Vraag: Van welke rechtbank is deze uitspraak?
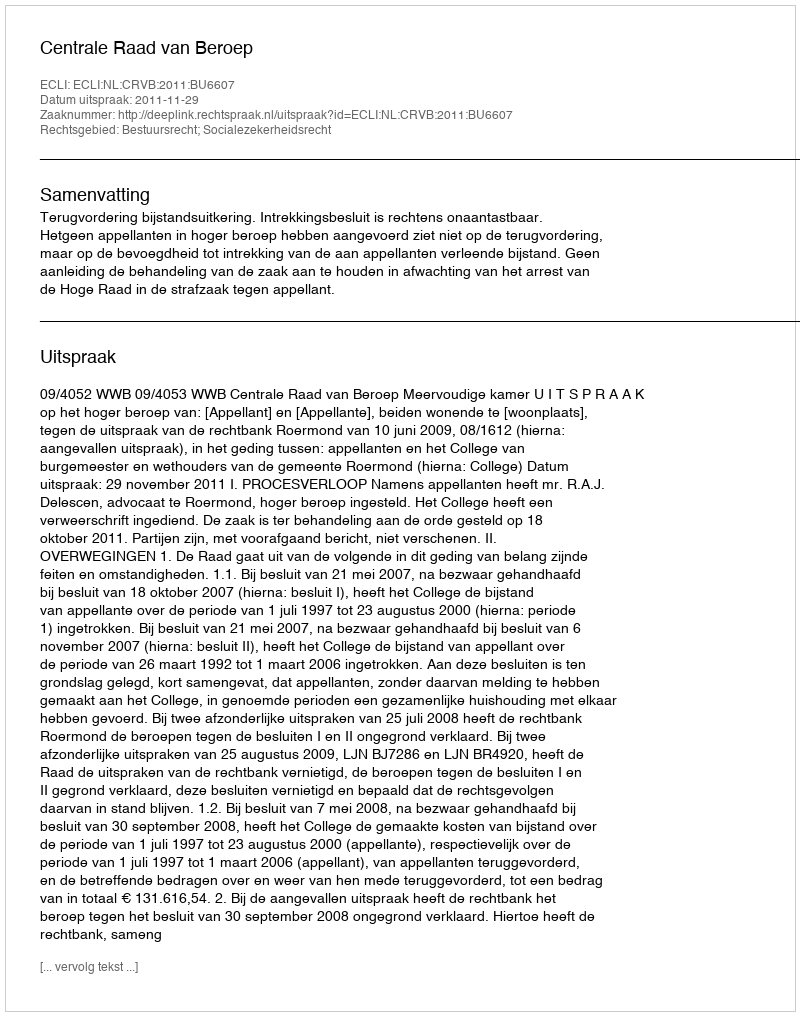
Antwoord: Centrale Raad van Beroep